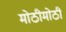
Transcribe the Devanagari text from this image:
मोठीमोठी